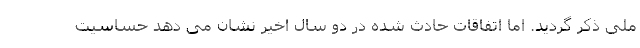
ملی ذکر گردید. اما اتفاقات حادث شده در دو سال اخیر نشان می دهد حساسیت